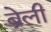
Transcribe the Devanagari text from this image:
ब्रेली